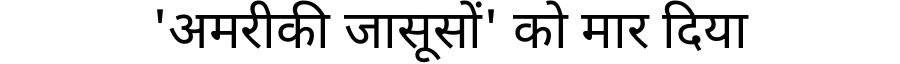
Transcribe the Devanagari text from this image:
'अमरीकी जासूसों' को मार दिया